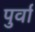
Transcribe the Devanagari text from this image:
पुर्वा